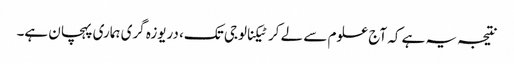
نتیجہ یہ ہے کہ آج علوم سے لے کر ٹیکنالوجی تک، دریوزہ گری ہماری پہچان ہے۔